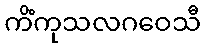
ကိံကုသလဂဝေသီ